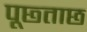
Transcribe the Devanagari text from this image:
पूछ्ताछ